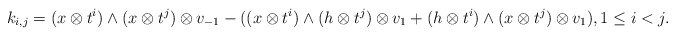
\begin{align*}k_{i,j} = (x \otimes t^i) \wedge (x \otimes t^j) \otimes v_{-1} - ( (x \otimes t^i) \wedge (h \otimes t^j) \otimes v_1 + (h \otimes t^i) \wedge (x \otimes t^j) \otimes v_1), 1 \leq i < j.\end{align*}